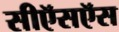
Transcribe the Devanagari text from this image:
सीऍसऍस